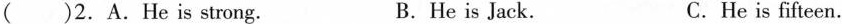
( )2.A.He is strong. B.He is Jack. C.He is fifteen.